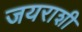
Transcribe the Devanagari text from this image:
जयराशी